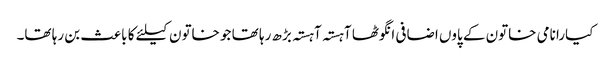
کیارا نامی خاتون کے پاوں اضافی انگوٹھا آہستہ آہستہ بڑھ رہا تھا جو خاتون کیلئے کا باعث بن رہا تھا۔